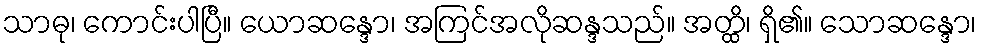
သာဓု၊ ကောင်းပါပြီ။ ယောဆန္ဒော၊ အကြင်အလိုဆန္ဒသည်။ အတ္ထိ၊ ရှိ၏။ သောဆန္ဒော၊